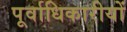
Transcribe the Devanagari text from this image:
पूर्वाधिकारीयों